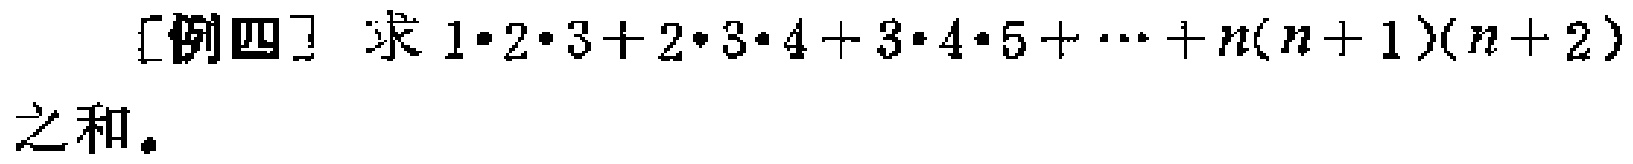
[例四] 求 \(1\cdot2\cdot3 + 2\cdot3\cdot4 + 3\cdot4\cdot5 + \cdots + n(n + 1)(n + 2)\) 之和。